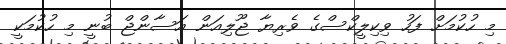
މި ހުކުމަށް ފަހު ވިކިލީކްސްގެ ވެރިޔާ ޖޫލިއަން އަސާންޖް ބުނީ މި ހުކުމަކީ